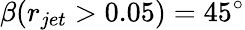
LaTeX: \beta(r_{jet}>0.05)=45^{\circ}